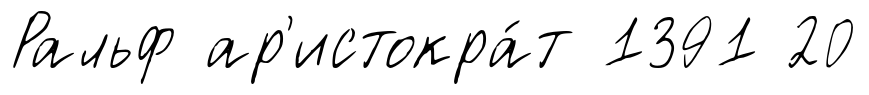
Ральф ар'истокра́т 1391 20